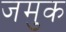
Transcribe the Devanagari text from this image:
जमुक